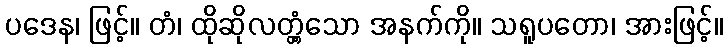
ပဒေန၊ ဖြင့်။ တံ၊ ထိုဆိုလတ္တံ့သော အနက်ကို။ သရူပတော၊ အားဖြင့်။